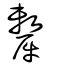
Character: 犛